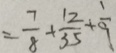
= \frac { 7 } { 8 } + \frac { 1 2 } { 3 5 } + \frac { 1 } { 9 }